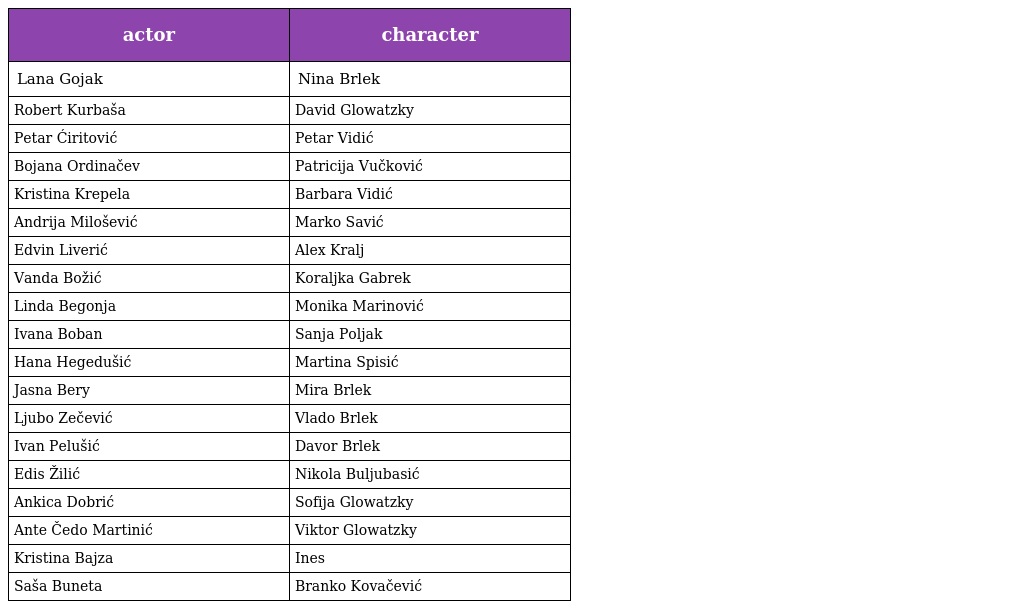
| actor | character |
 | --- | --- |
 | Lana Gojak | Nina Brlek |
 | Robert Kurbaša | David Glowatzky |
 | Petar Ćiritović | Petar Vidić |
 | Bojana Ordinačev | Patricija Vučković |
 | Kristina Krepela | Barbara Vidić |
 | Andrija Milošević | Marko Savić |
 | Edvin Liverić | Alex Kralj |
 | Vanda Božić | Koraljka Gabrek |
 | Linda Begonja | Monika Marinović |
 | Ivana Boban | Sanja Poljak |
 | Hana Hegedušić | Martina Spisić |
 | Jasna Bery | Mira Brlek |
 | Ljubo Zečević | Vlado Brlek |
 | Ivan Pelušić | Davor Brlek |
 | Edis Žilić | Nikola Buljubasić |
 | Ankica Dobrić | Sofija Glowatzky |
 | Ante Čedo Martinić | Viktor Glowatzky |
 | Kristina Bajza | Ines |
 | Saša Buneta | Branko Kovačević |